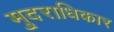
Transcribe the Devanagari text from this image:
मु्दराधिकार